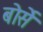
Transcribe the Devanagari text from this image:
बोर्से